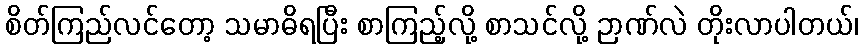
စိတ်ကြည်လင်တော့ သမာဓိရပြီး စာကြည့်လို့ စာသင်လို့ ဉာဏ်လဲ တိုးလာပါတယ်၊